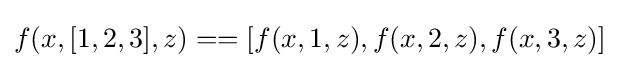
f(x,[1,2,3],z)==[f(x,1,z),f(x,2,z),f(x,3,z)]